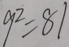
9 ^ { 2 } = 8 1